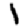
Digit: 1